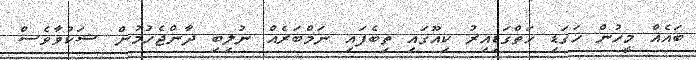
ބައެއް މީހުން ހަގަޑި ހަތްގަޑިއިރު ކިއޫގައި ތިބެފައި ނަމްބަރެއް ނުލިބި ދާންޖެހުމުން ޝަކުވާވެސް